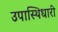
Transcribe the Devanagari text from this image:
उपास्थिधारी